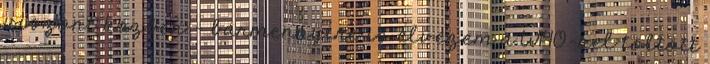
viszont közben – bármennyire is élvezem a W140-nel töltött